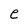
Character: e